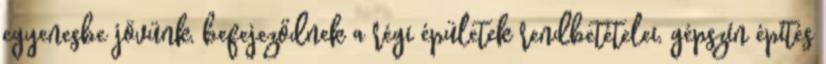
egyenesbe jövünk, befejeződnek a régi épületek rendbetételei, gépszín építés